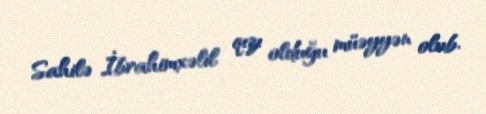
Sahilə İbrahimxəlil qızı olduğu müəyyən olub.